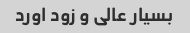
بسیار عالی و زود اورد